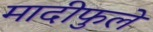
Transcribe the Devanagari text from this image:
मादीफुले